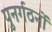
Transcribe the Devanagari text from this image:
पुनर्गठनों